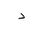
Letter: _dal